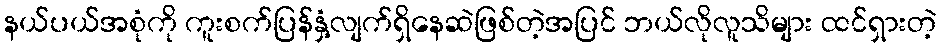
နယ်ပယ်အစုံကို ကူးစက်ပြန်နှံ့လျက်ရှိနေဆဲဖြစ်တဲ့အပြင် ဘယ်လိုလူသိများ ထင်ရှားတဲ့